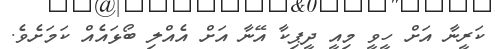
ކަރީނާ އަށް ހީވީ މިއީ ދީޕިކާ އޭނާ އަށް އެއްލި ބޯޅައެއް ކަމަށެވެ.